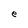
Character: e